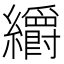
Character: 𮉜